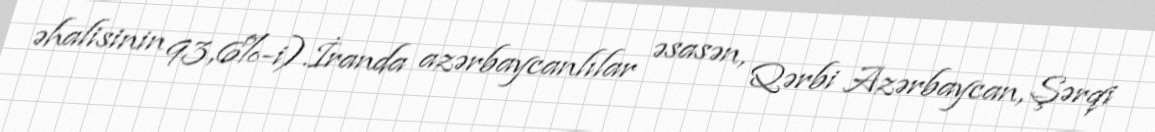
əhalisinin 93,6%-i).İranda azərbaycanlılar əsasən, Qərbi Azərbaycan, Şərqi